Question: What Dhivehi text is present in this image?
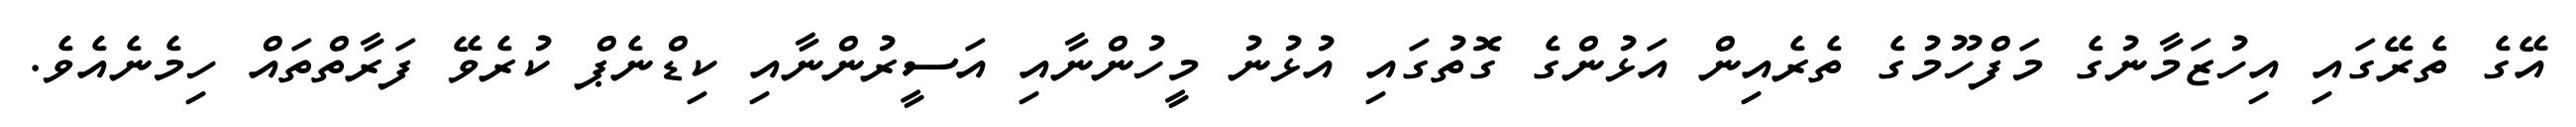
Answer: އޭގެ ތެރޭގައި އިހުޒަމާނުގެ މަފްހޫމުގެ ތެރެއިން އަޅުންގެ ގޮތުގައި އުޅުނު މީހުންނާއި އަސީރުންނާއި ކިޑްނެޕް ކުރެވޭ ފަރާތްތައް ހިމެނެއެވެ.